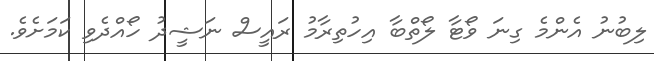
ލިބުނު އެންމެ ގިނަ ވޯޓާ ލޯތްބާ އިހުތިރާމު ރައީސް ނަޝީދު ހޯއްދެވި ކަމަށެވެ.